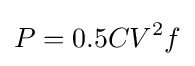
P=0.5CV^{2}f